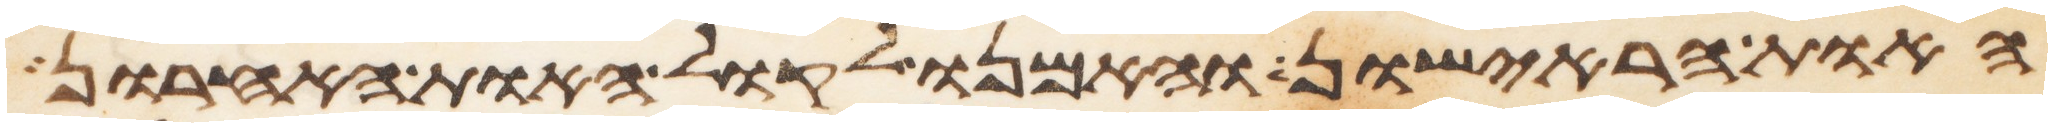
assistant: האות הראישון והאמנו לקול האות האחרון